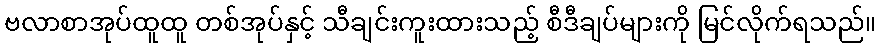
ဗလာစာအုပ်ထူထူ တစ်အုပ်နှင့် သီချင်းကူးထားသည့် စီဒီချပ်များကို မြင်လိုက်ရသည်။